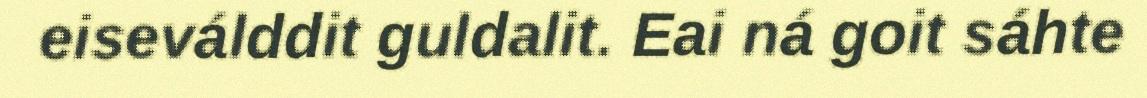
eiseválddit guldalit. Eai ná goit sáhte